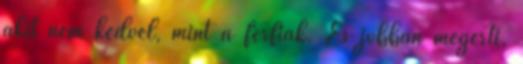
akit nem kedvel, mint a férfiak. És jobban megérti,